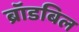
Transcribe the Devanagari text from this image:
ब्रॉडबिल